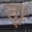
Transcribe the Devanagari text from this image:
त्।